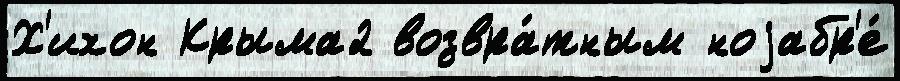
Х'ихон Крыма2 возвра́тным ноjабр'е́